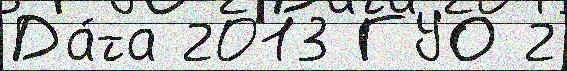
Да́та 2013 ГУО 2